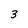
Character: 3